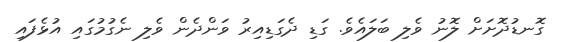
ގޮނޑުދޮށަށް ލޮނު ވެލި ބަލައެވެ. ގަޑި ދެގަޑިއިރު ވަންދެން ވެލި ނެގުމުގައި އުޅެފައި